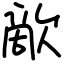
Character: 歒